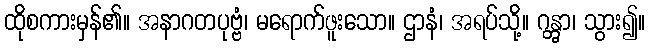
ထိုစကားမှန်၏။ အနာဂတပုဗ္ဗံ၊ မရောက်ဖူးသော။ ဌာနံ၊ အရပ်သို့။ ဂန္တွာ၊ သွား၍။